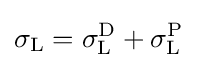
\sigma _{\text{L}}=\sigma _{\text{L}}^{\text{D}}+\sigma _{\text{L}}^{\text{P}}